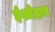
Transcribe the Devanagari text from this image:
ईश्तेहार